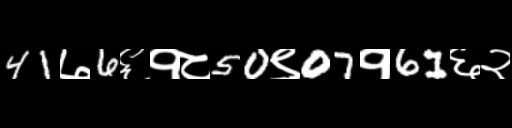
Text: 41७6६१८50९07१61६२